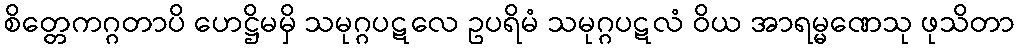
စိတ္တေကဂ္ဂတာပိ ဟေဋ္ဌိမမှိ သမုဂ္ဂပဋလေ ဥပရိမံ သမုဂ္ဂပဋလံ ဝိယ အာရမ္မဏေသု ဖုသိတာ